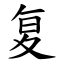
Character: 复